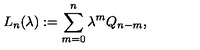
L _ { n } ( \lambda ) : = \sum _ { m = 0 } ^ { n } \lambda ^ { m } Q _ { n - m } ,